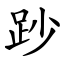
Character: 䟞